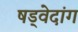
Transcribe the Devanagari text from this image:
षड्वेदांग